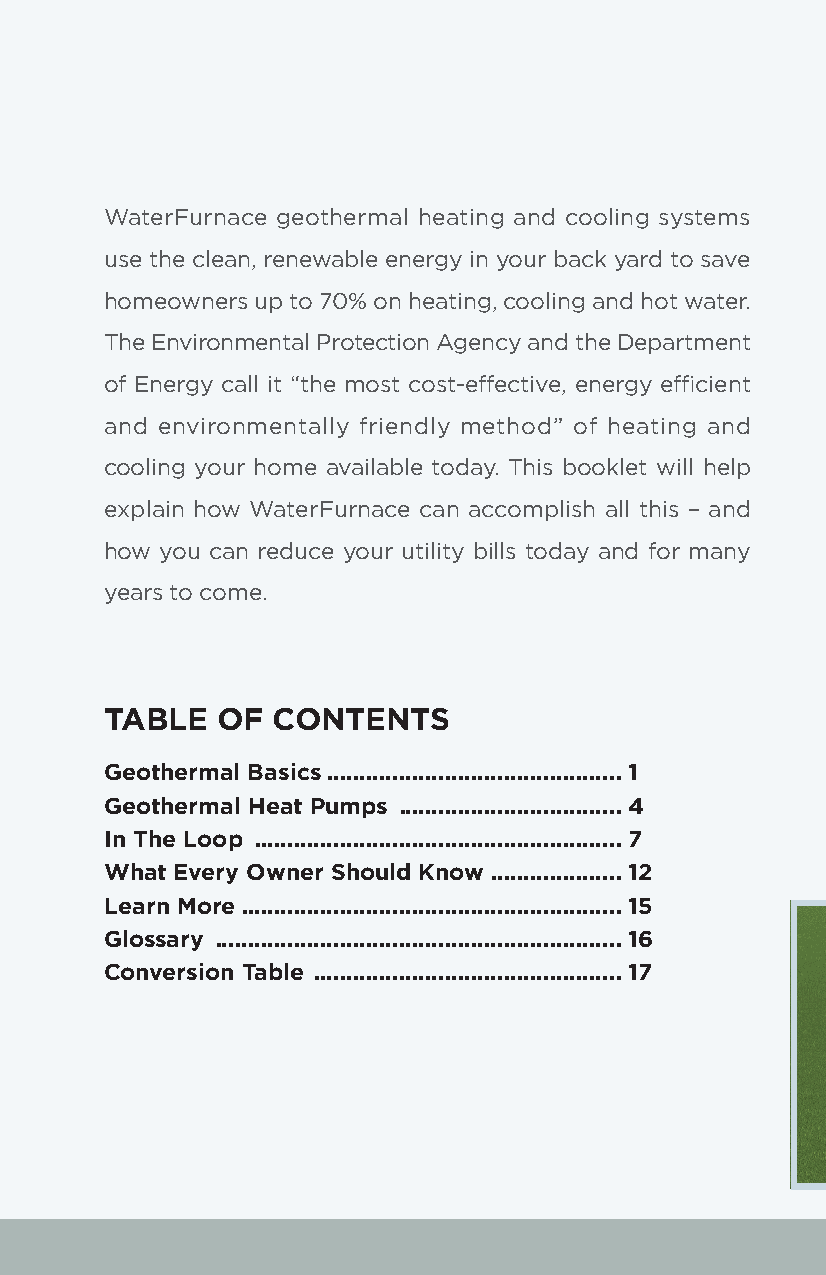
WaterFurnace geothermal heating and cooling systems
 use the clean, renewable energy in your back yard to save
 homeowners up to 70% on heating, cooling and hot water.
 The Environmental Protection Agency and the Department
 of Energy call it “the most cost-effective, energy efficient
 and environmentally friendly method” of heating and
 cooling your home available today. This booklet will help
 explain how WaterFurnace can accomplish all this – and
 how you can reduce your utility bills today and for many
 years to come.
 TABLE  OF  CONTENTS
 Geothermal Basics .............................................1
 Geothermal Heat Pumps ..................................4
 In The Loop ........................................................7
 What Every Owner Should Know ....................12
 Learn More ..........................................................15
 Glossary ..............................................................16
 Conversion Table ...............................................17